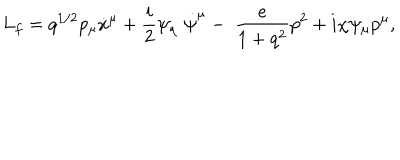
L _ { f } = q ^ { 1 / 2 } p _ { \mu } \dot { x } ^ { \mu } + \frac { i } { 2 } \psi _ { \mu } \; \dot { \psi } ^ { \mu } - \; \frac { e } { 1 + q ^ { 2 } } p ^ { 2 } + i \chi \psi _ { \mu } p ^ { \mu } ,